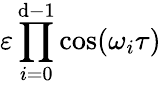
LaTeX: \varepsilon\prod_{i=0}^{\mathrm{d}-1}\cos(\omega_{i}\tau)